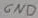
Text: GND